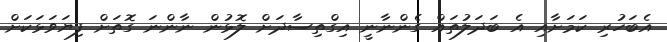
އެބަހުރި ކަމަށާއި އެ ބަދަލުތައް ގެންނާނީ އިގްތިސާދަށް ލޮޅުން ނާންނަ ގޮތަށް ފިޔަވަޅަކަށް